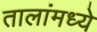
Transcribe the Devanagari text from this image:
तालांमध्ये